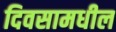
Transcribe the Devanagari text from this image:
दिवसामधील